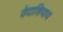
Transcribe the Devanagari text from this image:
वेदाशिवाय